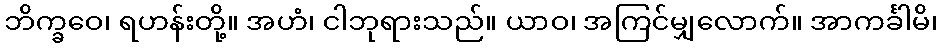
ဘိက္ခဝေ၊ ရဟန်းတို့။ အဟံ၊ ငါဘုရားသည်။ ယာဝ၊ အကြင်မျှလောက်။ အာကင်္ခါမိ၊